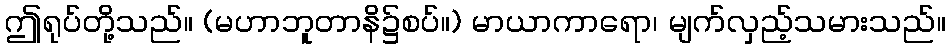
ဤရုပ်တို့သည်။ (မဟာဘူတာနိ၌စပ်။) မာယာကာရော၊ မျက်လှည့်သမားသည်။